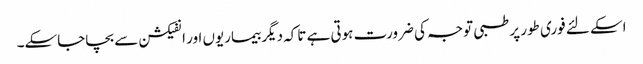
اسکے لئے فوری طور پر طبی توجہ کی ضرورت ہوتی ہے تاکہ دیگر بیماریوں اور انفیکشن سے بچاجاسکے۔